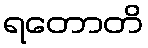
ရတောတိ